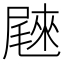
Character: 𰎄